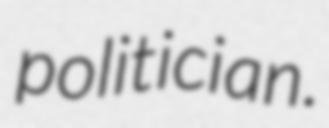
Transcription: politician.